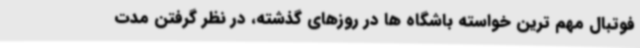
فوتبال مهم ترین خواسته باشگاه ها در روزهای گذشته، در نظر گرفتن مدت